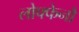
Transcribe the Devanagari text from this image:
लोफ्फेनौ